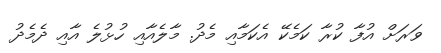
ވަރަށް އުފާ ކުރާ ކަމެކޭ އެކަމާއި މެދު. މާލެއާއި ހުޅުލެ އާއި ދެމެދު